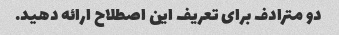
دو مترادف برای تعریف این اصطلاح ارائه دهید.